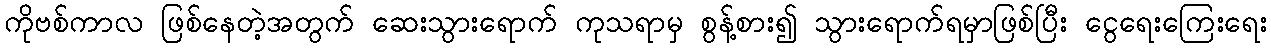
ကိုဗစ်ကာလ ဖြစ်နေတဲ့အတွက် ဆေးသွားရောက် ကုသရာမှ စွန့်စား၍ သွားရောက်ရမှာဖြစ်ပြီး ငွေရေးကြေးရေး